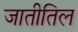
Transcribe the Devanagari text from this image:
जातीतिल